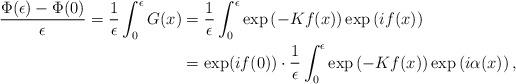
LaTeX: \begin{align*}\frac{\Phi(\epsilon) - \Phi(0)}{\epsilon} = \frac{1}{\epsilon} \int_0^\epsilon G(x) & = \frac{1}{\epsilon} \int_0^\epsilon \exp\left(-Kf(x) \right)\exp \left( i f(x) \right) \\& = \exp(if(0)) \cdot \frac{1}{\epsilon} \int_0^\epsilon \exp\left(-Kf(x) \right)\exp \left( i \alpha(x) \right),\end{align*}